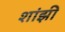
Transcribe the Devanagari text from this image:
शांझी